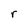
Character: r